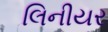
લિનીયર